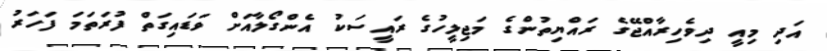
އަދި މިއީ ދިވެހިރާއްޖޭގެ ރައްޔިތުންގެ މަޖިލީހުގެ ރައީސަކު އެންގޯލާއަށް ވަޑައިގަތް ފުރަތަމަ ފަހަރު